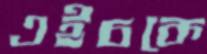
এইচকে